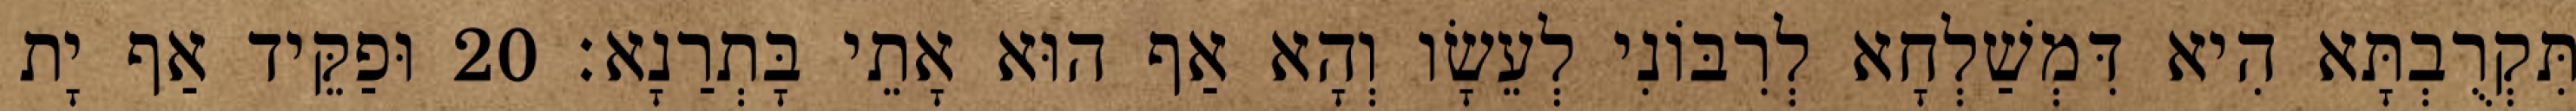
תִּקְרֻבְתָּא הִיא דִּמְשַׁלְחָא לְרִבּוֹנִי לְעֵשָׂו וְהָא אַף הוּא אָתֵי בָּתְרַנָא׃ 20 וּפַקֵּיד אַף יָת